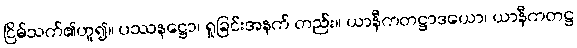
ငြိမ်သက်၏ဟူ၍။ ပဿနဋ္ဌော၊ ရှုခြင်းအနက် တည်း။ ယာနီကတဋ္ဌာဒယော၊ ယာနီကတဋ္ဌ